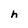
Character: h